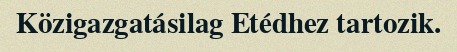
Közigazgatásilag Etédhez tartozik.